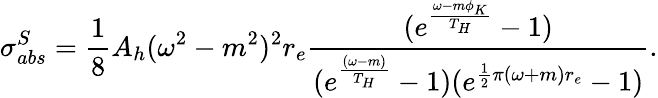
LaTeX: \sigma_{abs}^{S}=\frac{1}{8}A_{h}(\omega^{2}-m^{2})^{2}r_{e}\frac{(e^{\frac{\omega-m\phi_{K}}{T_{H}}}-1)}{(e^{\frac{(\omega-m)}{T_{H}}}-1)(e^{\frac{1}{2}\pi(\omega+m)r_{e}}-1)}.